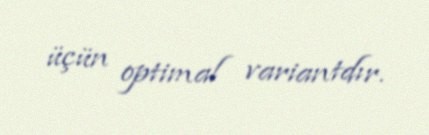
üçün optimal variantdır.